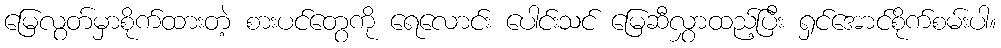
မြေလွတ်မှာစိုက်ထားတဲ့ စားပင်တွေကို ရေလောင်း ပေါင်းသင် မြေဆီလွှာထည့်ပြီး ရှင်အောင်စိုက်စမ်းပါ။